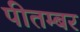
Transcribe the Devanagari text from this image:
पीतम्बर